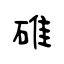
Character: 碓